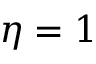
\eta = 1